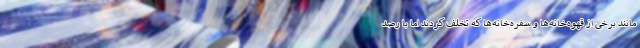
مانند برخی از قهوه‌خانه‌ها و سفره‌خانه‌ها که تخلف کردند اما با رصد